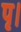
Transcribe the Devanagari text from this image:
पृ।